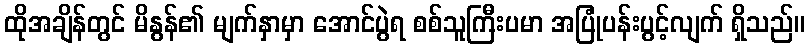
ထိုအချိန်တွင် မိနွန်၏ မျက်နှာမှာ အောင်ပွဲရ စစ်သူကြီးပမာ အပြုံပန်းပွင့်လျက် ရှိသည်။